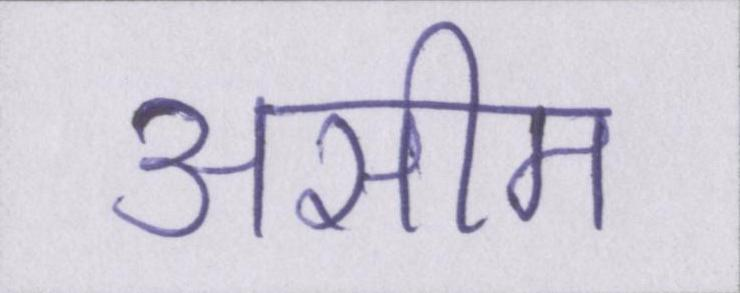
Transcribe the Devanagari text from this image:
असीम